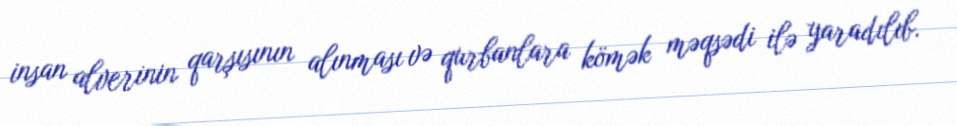
insan alverinin qarşısının alınması və qurbanlara kömək məqsədi ilə yaradılıb.